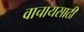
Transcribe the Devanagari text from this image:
वाचायसाठी